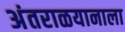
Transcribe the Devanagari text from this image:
अंतराळयानाला